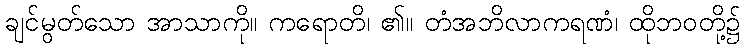
ချင်မွတ်သော အာသာကို။ ကရောတိ၊ ၏။ တံအဘိလာကရဏံ၊ ထိုဘဝတို့၌